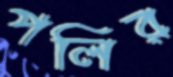
পলির